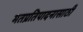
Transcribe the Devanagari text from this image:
मतप्रतिपादनासाठी